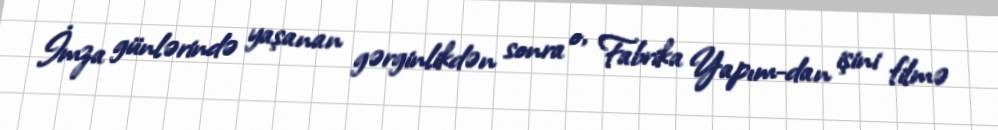
İmza günlərində yaşanan gərginlikdən sonra o, Fabrika Yapım-dan işini filmə